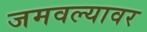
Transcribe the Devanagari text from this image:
जमवल्यावर